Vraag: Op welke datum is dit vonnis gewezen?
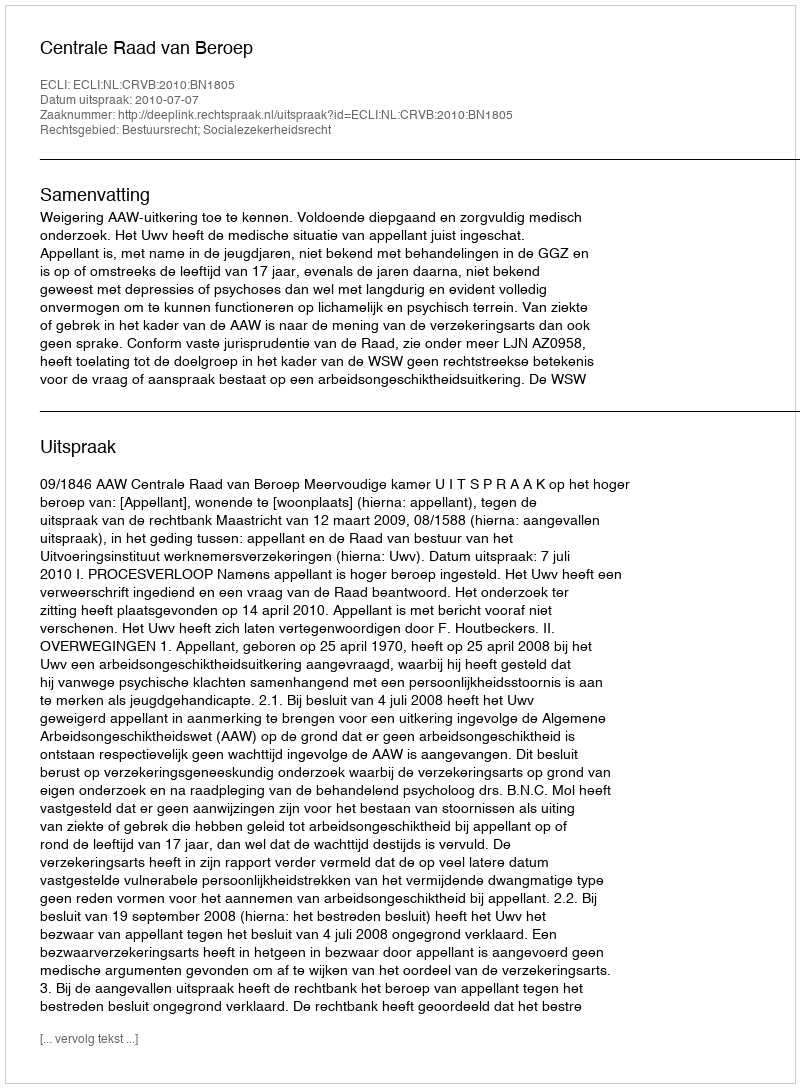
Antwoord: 2010-07-07